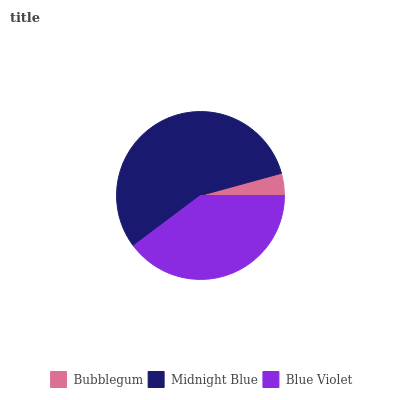
| Bubblegum | Midnight Blue | Blue Violet |
 | --- | --- | --- |
 | 4.26% | 56% | 39.8% |